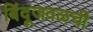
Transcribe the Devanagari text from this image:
बिंदूजवळची